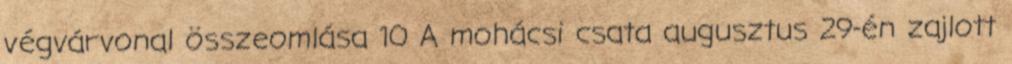
végvárvonal összeomlása 10 A mohácsi csata augusztus 29-én zajlott